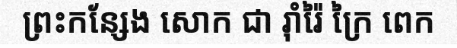
ព្រះកន្សែង សោក ជា រ៉ាំរ៉ៃ ក្រៃ ពេក